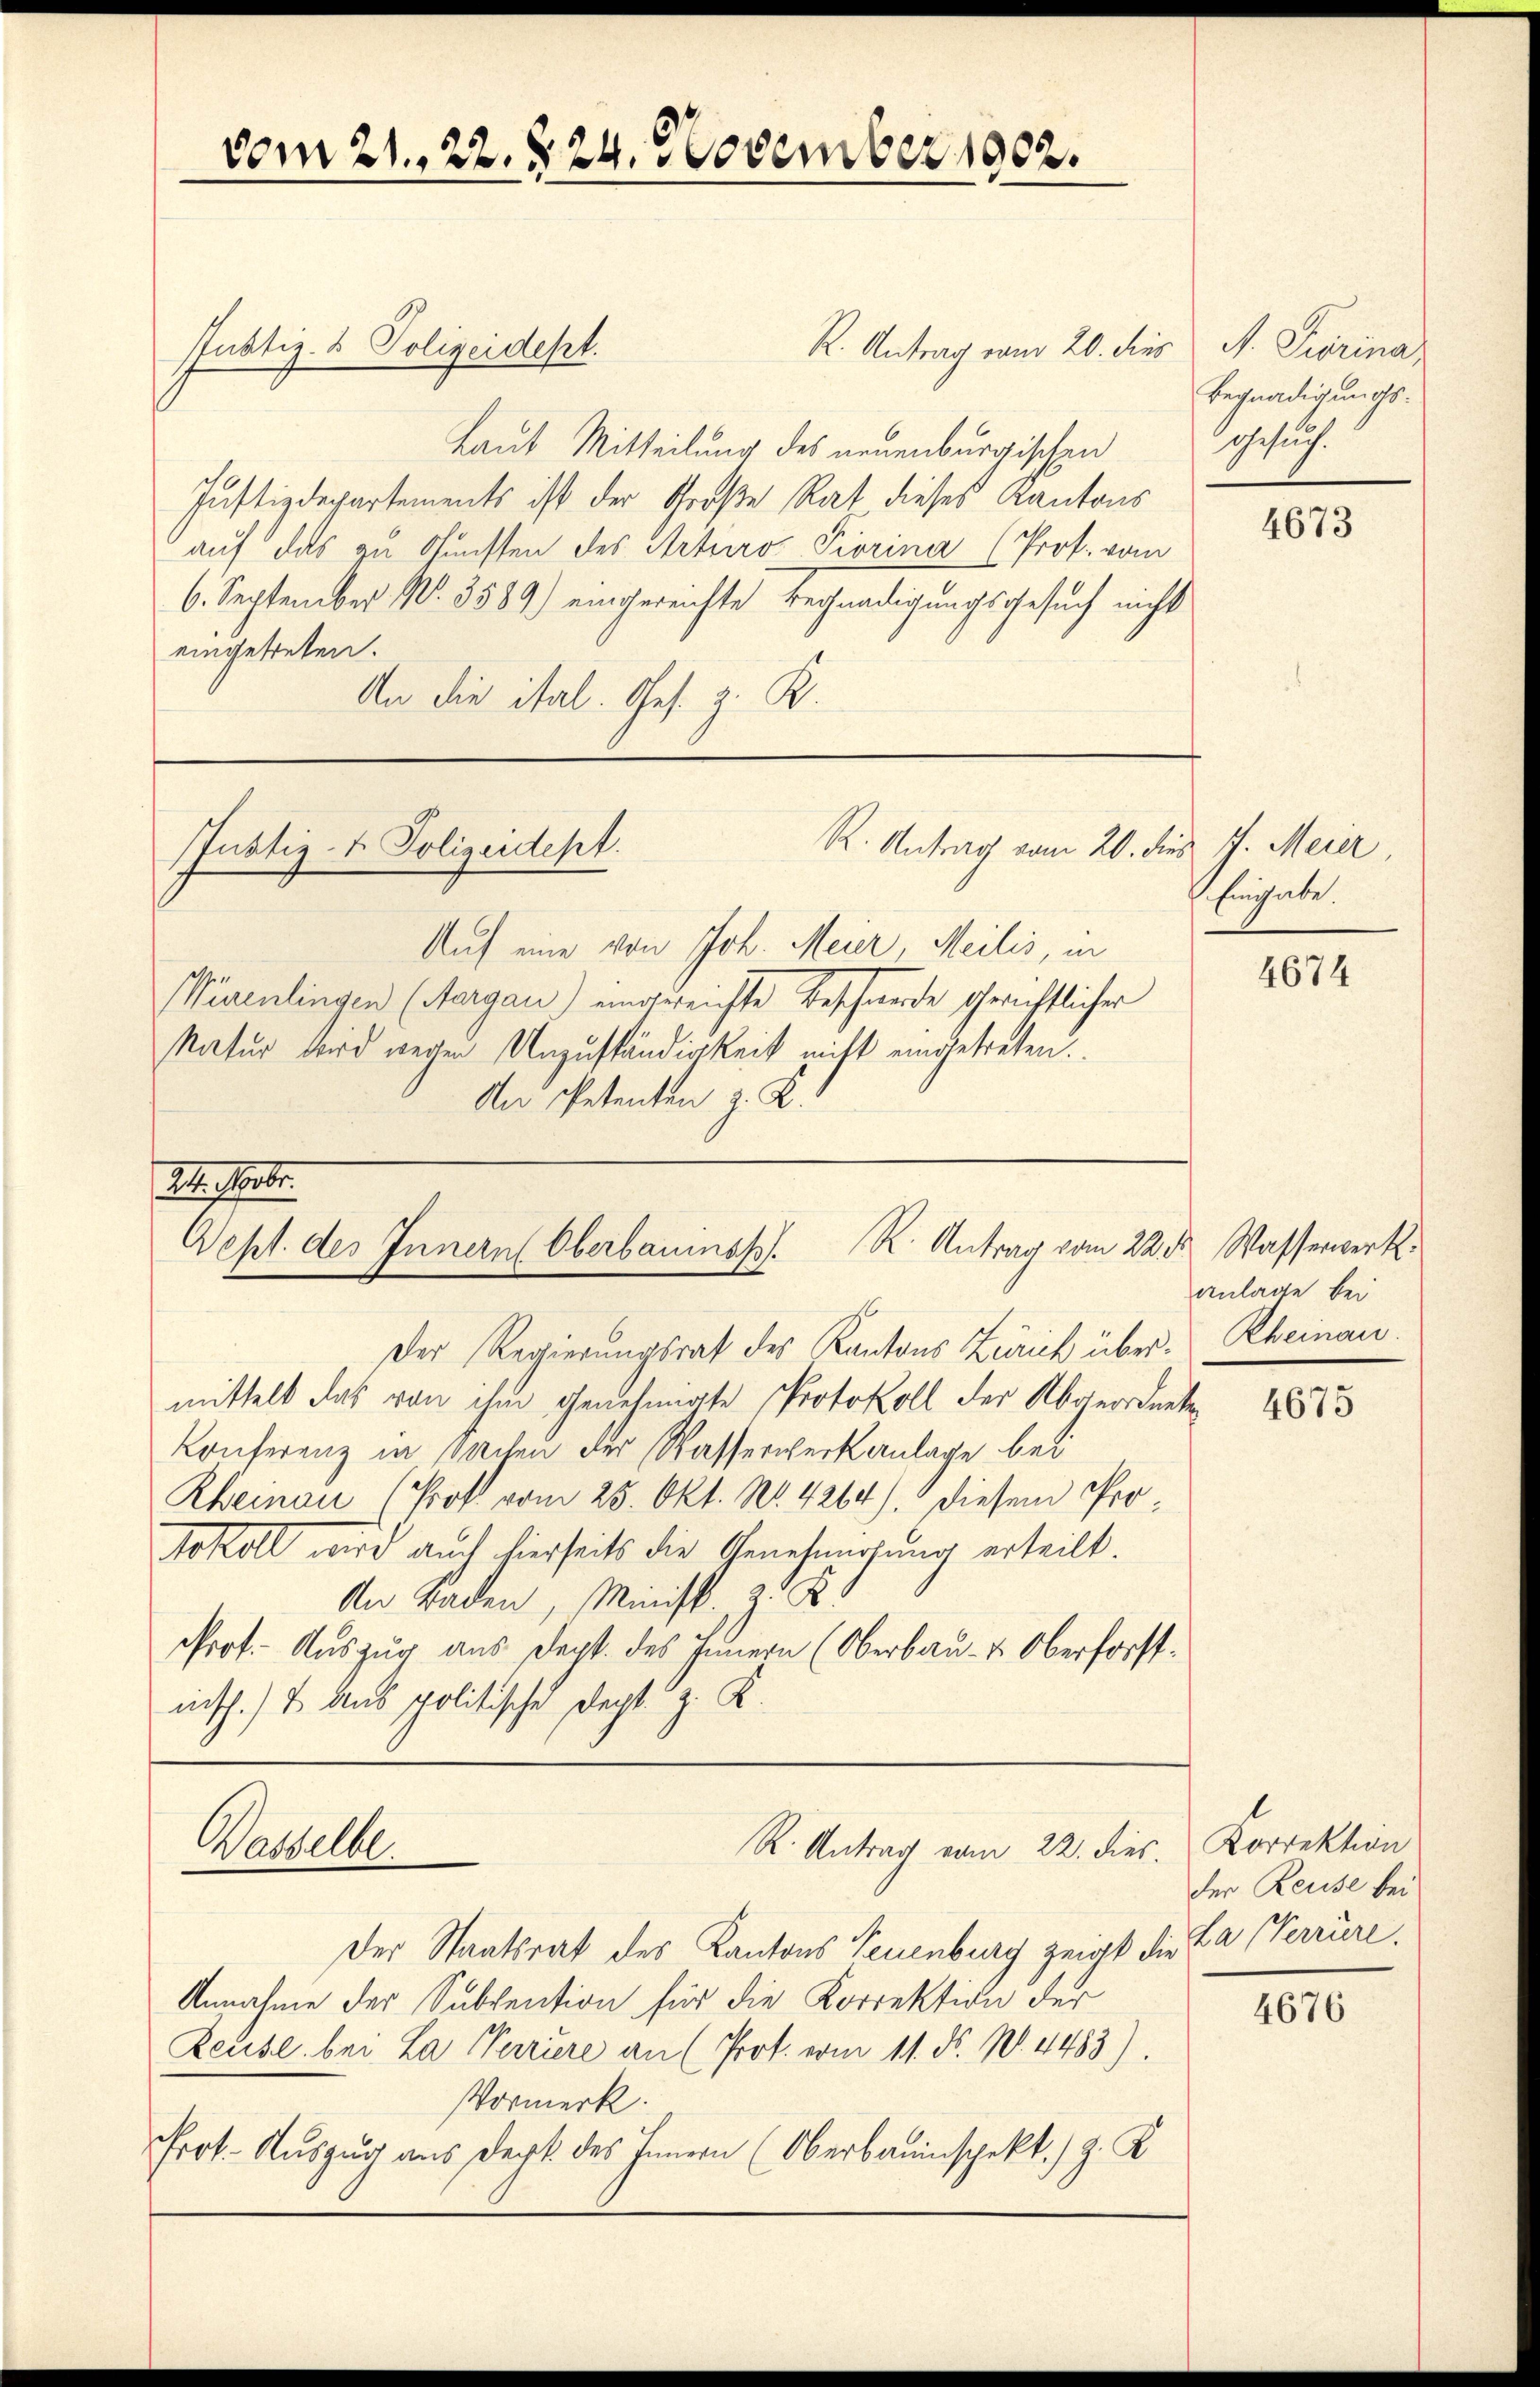
vom 21. 22. § 24. November 1902.

Justiz- & Polizeidest.
R. Antrag vom 20. dies
Laut Mitteilung des neuenburgischen
Justizdepartements ist der Große Rat dieses Kantons
auf das zu Gunsten des Arturo Piorina (Prot. vom
6. September N. 3589) eingereichte Begnadigungsgesuch nicht
eingetreten.
An die ital. Ges. z. K.

Justiz- & Polizeidept.

Auf eine von Joh. Meier Meilis, in
Würenlingen (Aargau) eingereichte Beschände gerichtlicher
Natur wird wegen Unzuständigkeit nicht eingetreten.
An Petenten z. K.

R. Antrag vom 20. dies J. Meier

Mtt. Febr.
Dept. des Innern Oberbauinsp. R. Antrag vom 22. d. Wasserwerk¬

Wastelle
R. Antrag vom 22. dies. Korrektion

A. Turina
Begnadigungsgesuch.

Der Regierungsrath des Kantons Zürich über-Rheinau.
mittelt das von ihm genehmigte Protokoll der Abgeordnete
Konferenz in Sachen der Wasserwerkanlage bei
Rheinau (Prof vom 25. Okt. No. 4264). Diesem Pro¬
Sokoll wird auch hierseits die Genehmigung erteilt.
An Baden, Minist. Z. B.
rot. Auszug aus dept. des Innern (Oberbau- & Oberforstnisch.) & aus politische Dept. Z. K.

Der Staatsrat des Kantons Teuenburg zeigt die La Perrüre.
Annahme der Subvention für die Korrektion der
Zeuse bei La Perriere an (Prot. vom 11. ds. N. 4483).
Vormerk.
Prot. Aŭszŭg aŭs dept. des Innern (Oberbauinspekt.) z. K

4673

Einhabe.

4674

anlage bei

4675

der Reise bei

4676